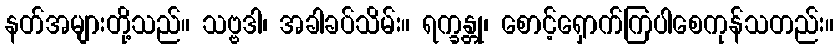
နတ်အများတို့သည်။ သဗ္ဗဒါ၊ အခါခပ်သိမ်း။ ရက္ခန္တု၊ စောင့်ရှောက်ကြပါစေကုန်သတည်း။